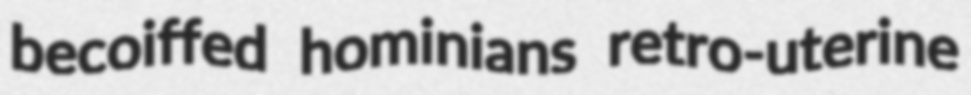
becoiffed hominians retro-uterine